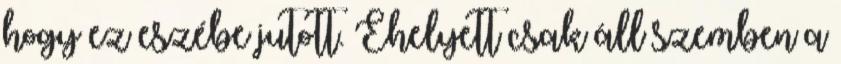
hogy ez eszébe jutott. Ehelyett csak áll szemben a